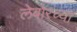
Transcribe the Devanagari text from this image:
लेबोरच्या